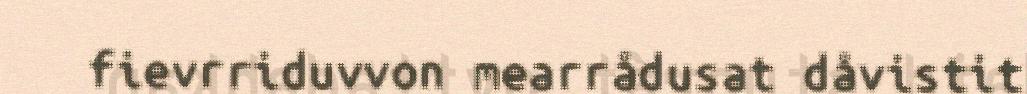
fievrriduvvon mearrådusat dåvistit